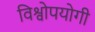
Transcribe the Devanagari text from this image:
विश्वोपयोगी